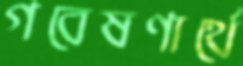
গবেষণার্থে